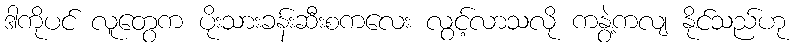
ဒါကိုပင် လူတွေက ပိုးသားခန်းဆီးစကလေး လွင့်လာသလို ကနွဲ့ကလျ နိုင်သည်ဟု